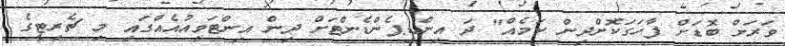
ވަރަށް ބޮޑަށް ފާހަގަކޮށްދިން ކަމެއް" ދަ އިންޑިޕެންޑެންޓަށް ދިން އިންޓަވިއުއެއްގައި މި ޗެރިޓީގެ